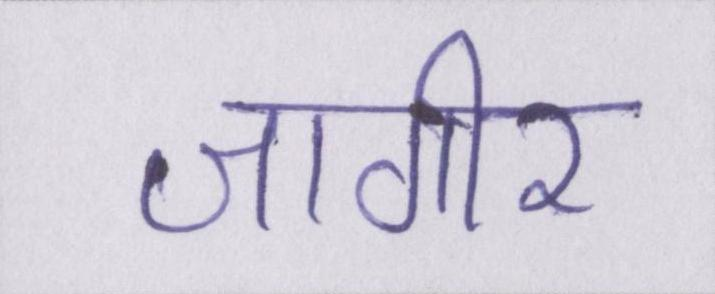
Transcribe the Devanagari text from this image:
जागीर